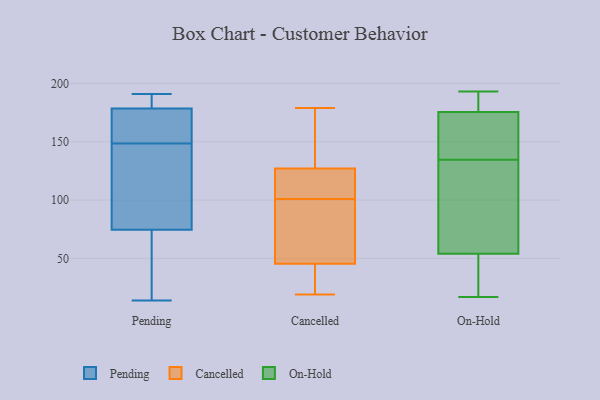
{"axis": {"x": "Customer Acquisition Cost (USD)", "y": "Value"}, "legend": ["Cancelled", "On-Hold", "Pending"], "data": [{"x": "", "y": 186, "type": "Pending"}, {"x": "", "y": 84, "type": "Pending"}, {"x": "", "y": 191, "type": "Pending"}, {"x": "", "y": 190, "type": "Pending"}, {"x": "", "y": 104, "type": "Pending"}, {"x": "", "y": 65, "type": "Pending"}, {"x": "", "y": 24, "type": "Pending"}, {"x": "", "y": 93, "type": "Pending"}, {"x": "", "y": 171, "type": "Pending"}, {"x": "", "y": 190, "type": "Pending"}, {"x": "", "y": 62, "type": "Pending"}, {"x": "", "y": 154, "type": "Pending"}, {"x": "", "y": 153, "type": "Pending"}, {"x": "", "y": 14, "type": "Pending"}, {"x": "", "y": 191, "type": "Pending"}, {"x": "", "y": 144, "type": "Pending"}, {"x": "", "y": 160, "type": "Pending"}, {"x": "", "y": 128, "type": "Pending"}, {"x": "", "y": 168, "type": "Pending"}, {"x": "", "y": 47, "type": "Pending"}, {"x": "", "y": 48, "type": "Cancelled"}, {"x": "", "y": 136, "type": "Cancelled"}, {"x": "", "y": 101, "type": "Cancelled"}, {"x": "", "y": 95, "type": "Cancelled"}, {"x": "", "y": 165, "type": "Cancelled"}, {"x": "", "y": 104, "type": "Cancelled"}, {"x": "", "y": 24, "type": "Cancelled"}, {"x": "", "y": 107, "type": "Cancelled"}, {"x": "", "y": 38, "type": "Cancelled"}, {"x": "", "y": 19, "type": "Cancelled"}, {"x": "", "y": 152, "type": "Cancelled"}, {"x": "", "y": 29, "type": "Cancelled"}, {"x": "", "y": 104, "type": "Cancelled"}, {"x": "", "y": 179, "type": "Cancelled"}, {"x": "", "y": 124, "type": "Cancelled"}, {"x": "", "y": 75, "type": "Cancelled"}, {"x": "", "y": 90, "type": "Cancelled"}, {"x": "", "y": 38, "type": "On-Hold"}, {"x": "", "y": 76, "type": "On-Hold"}, {"x": "", "y": 64, "type": "On-Hold"}, {"x": "", "y": 193, "type": "On-Hold"}, {"x": "", "y": 17, "type": "On-Hold"}, {"x": "", "y": 190, "type": "On-Hold"}, {"x": "", "y": 170, "type": "On-Hold"}, {"x": "", "y": 140, "type": "On-Hold"}, {"x": "", "y": 148, "type": "On-Hold"}, {"x": "", "y": 79, "type": "On-Hold"}, {"x": "", "y": 181, "type": "On-Hold"}, {"x": "", "y": 44, "type": "On-Hold"}, {"x": "", "y": 129, "type": "On-Hold"}, {"x": "", "y": 163, "type": "On-Hold"}, {"x": "", "y": 24, "type": "On-Hold"}, {"x": "", "y": 181, "type": "On-Hold"}]}